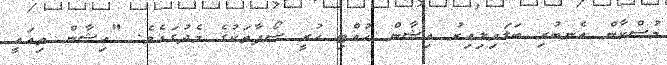
މުސްކާން އެނބުރި ބަލައިލިއިރު އިޝާން ހުއްޓި ހުރީ ސޯފާތަކުގެ މެދުގައެވެ. "އިޝާން ތިއައީ